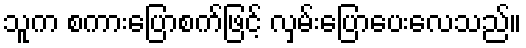
သူက စကားပြောစက်ဖြင့် လှမ်းပြောပေးလေသည်။